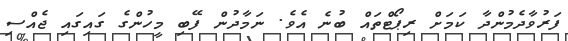
ފަރުވާދެމުންދާ ކަމަށް ރިޕޯޓްތައް ބުނެ އެވެ. ނަމާދުން ފޭބި މީހުންގެ ގައިގައި ޖެއްސި